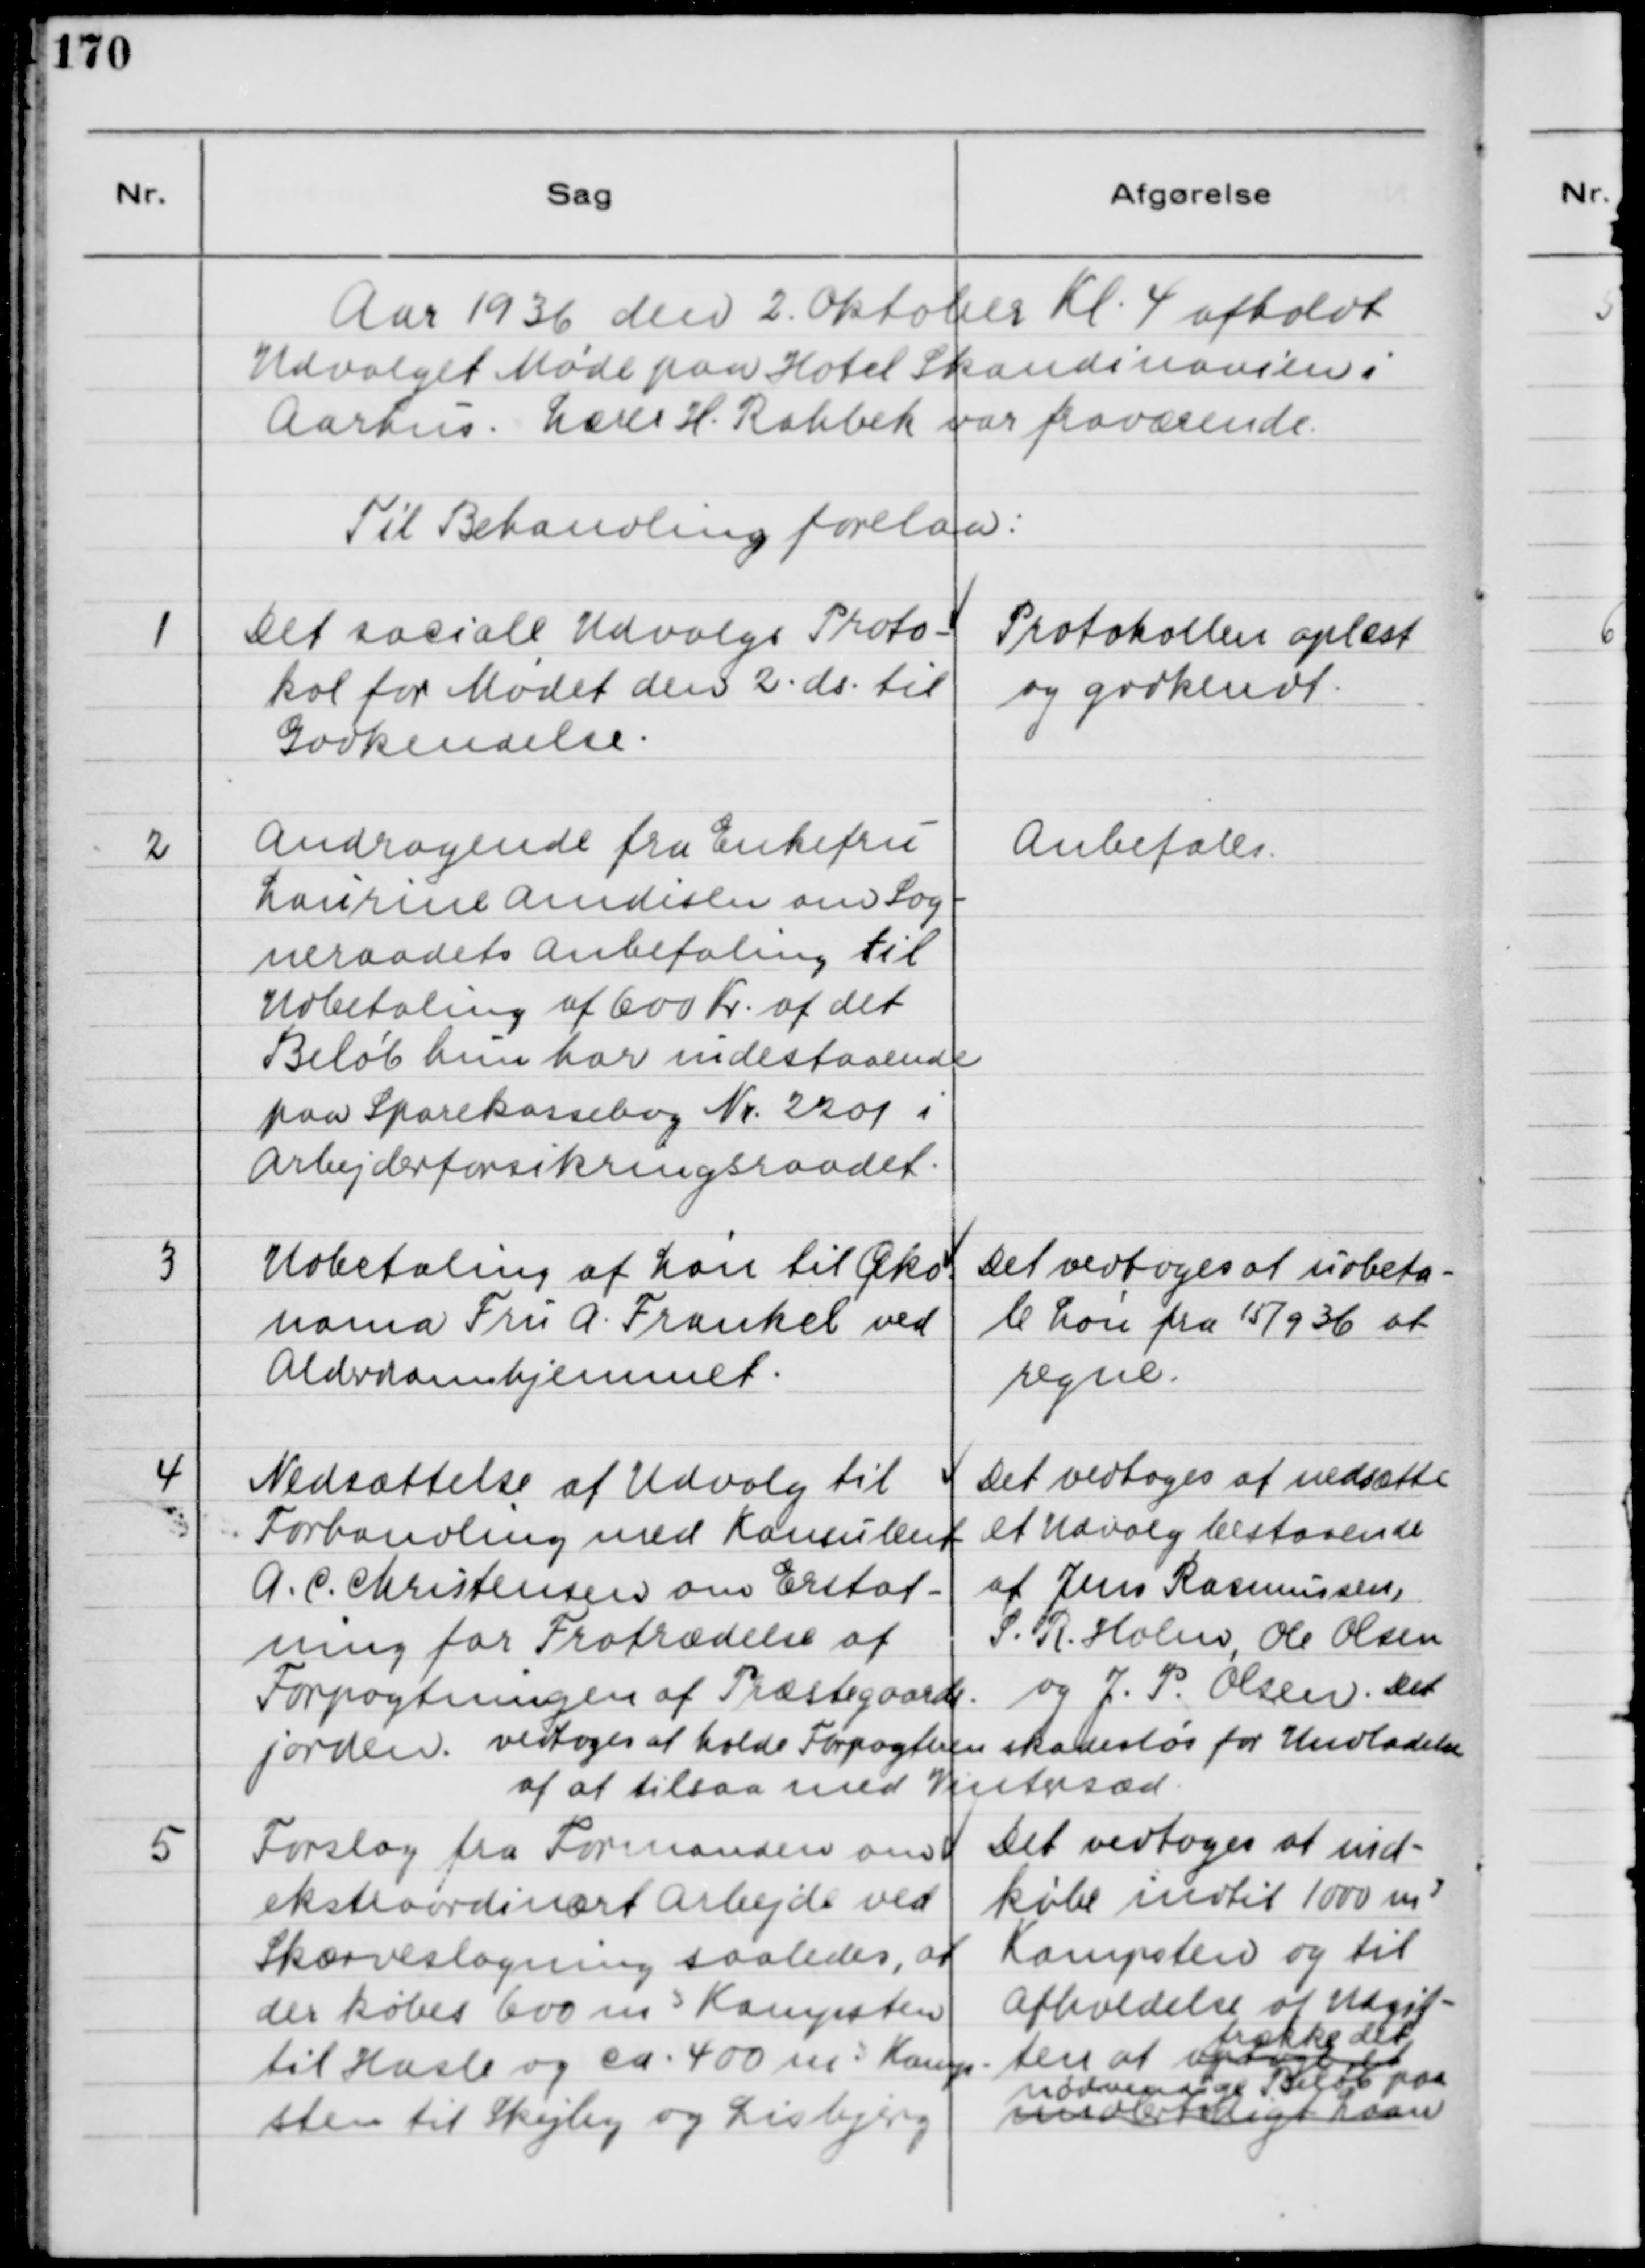
Transskription:
Aar 1936 den 2. Oktober Kl. 4 afholdt
Udvalget Møde paa Hotel Skandinavien i
Aarhus. Lærer H. Rahbek var fraværende.
Til Behandling forelaa:
1
Det sociale Udvalgs Proto-
kol for Mødet den 2. ds. til
Godkendelse.
Protokollen oplæst
og godkendt.
2
Andragende fra Enkefru
Laurine Amdisen om Sog-
neraadets Anbefaling til
Udbetaling af 600 Kr. af det
Beløb hun har indestaaende
paa Sparekassebog Nr. 2201 i 
Arbejderforsikringsraadet.
Anbefales.
3
Udbetaling af Løn til Øko-
noma Fru A. Frankel ved
Alderdomshjemmet.
Det vedtoges at udbeta-
le Løn frra 15/9 36 at 
regne.
4
Nedsættelse af Udvalg til
Forhandling med Konsulent
A.C. Christensen om Erstat-
ning for Fratrædelse af
Forpagningen af Præstegaards-
jorden.
Det vedtoges at nedsætte
et Udvalg bestaaende
af Jens Rasmussen,
S. R. Holm, Ole Olsen
og J.P. Olsen. Det
vedtoges at holde Forpagteren skadesløs for Undladelse
af at tilsaa med Vintersæd.
5
Forslag fra Formanden om
ekstraordinært Arbejde ved
Skærveslagning saaledes, at
der købes 600 m3 Kampsten
til Hasle og ca. 400 m3 Kamp-
sten til Skejby og Lisbjerg
Det vedtoges at ind-
købe indtil 1000 m3
Kampsten og til
Afholdelse af Udgif-
ten at
opsagt det
trække det
nødvendige Beløb paa
midlertidigt Laan